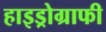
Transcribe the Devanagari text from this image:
हाइड्रोग्राफी